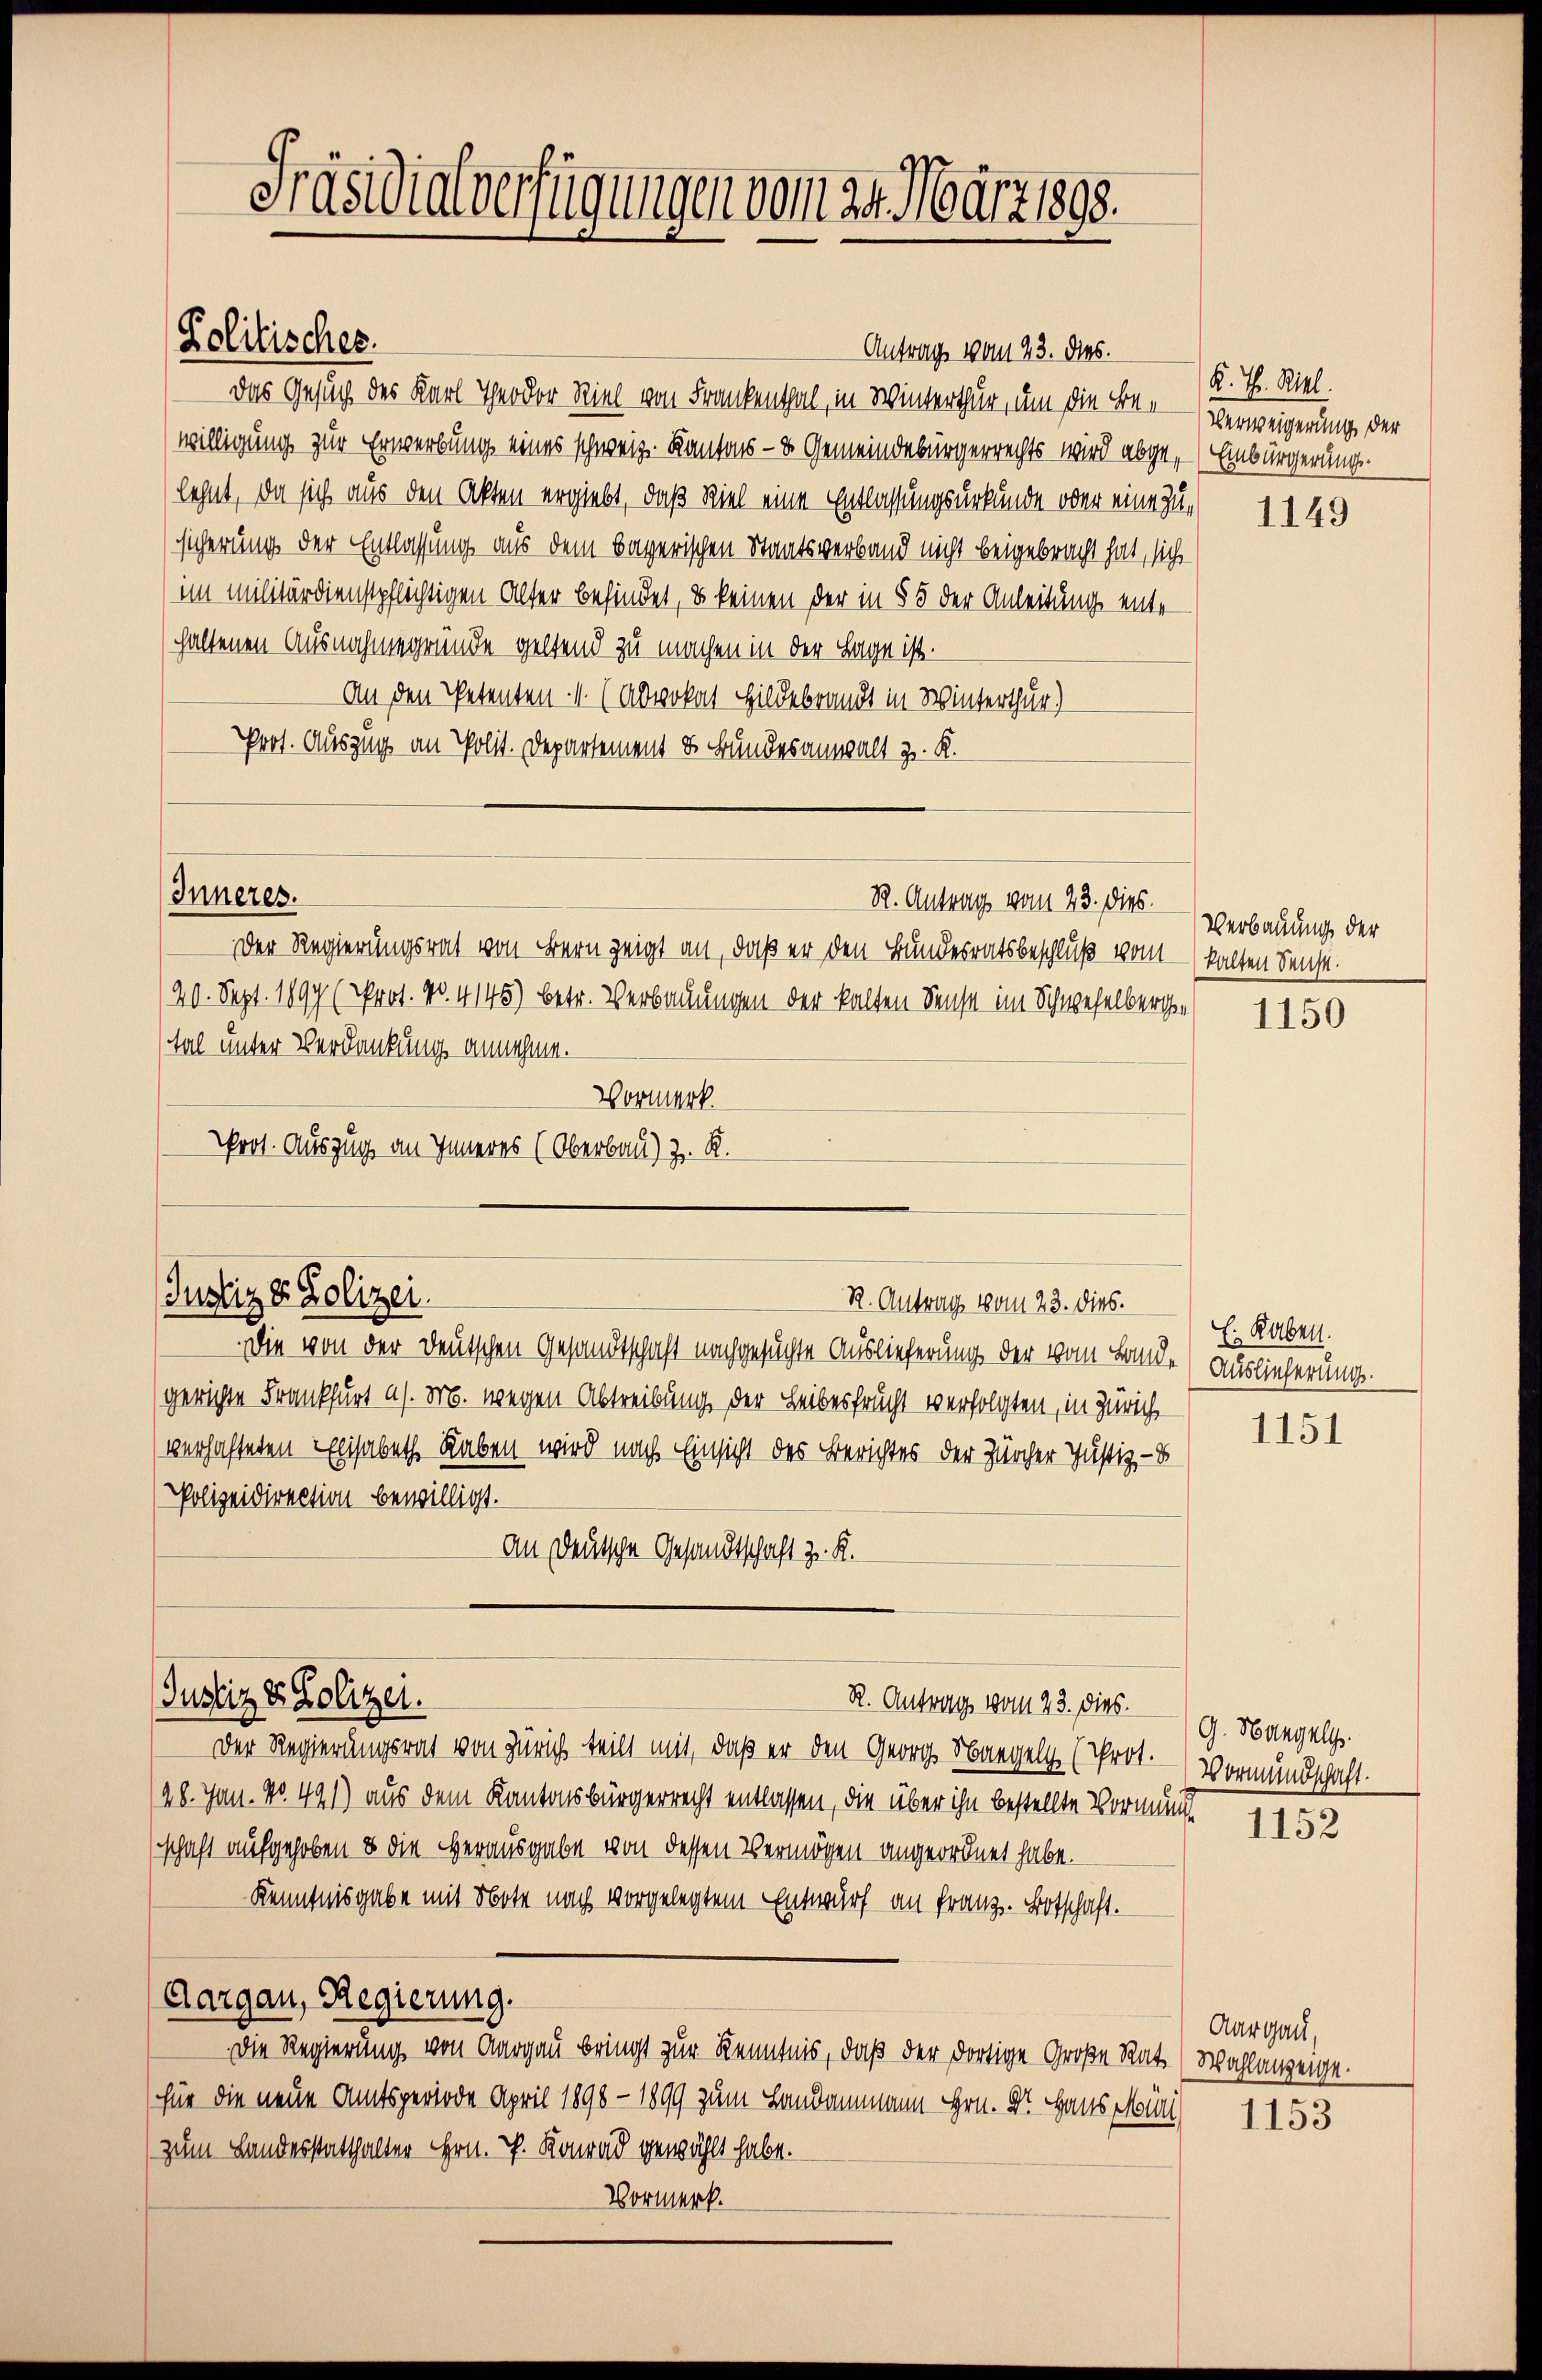
Antrag vom 23. dies.
Das Gesuch des Karl Theodor viel von Frankenthal, in Winterthur, um die Bewilligung zur Erwerbung eines schweiz. Kantons- & Gemeindebürgerrechts wird abge-Einbürgerung
lehnt, da sich aus den Akten ergiebt, daß viel eine Entlassungsurkunde oder eine Zusicherung der Entlassung aus dem bayerischen Staatsverband nicht beigebracht hat, sich
im militärdienstpflichtigen Alter befindet, u keinen der in § 5 der Anleitung ente
haltenen Ausnahmegründe geltend zu machen in der Lage ist.
An den Petenten-V. (Abwokat Hildebrandt in Winterthur)
Prot. Auszug an Polit. Departement & Bundesanwalt z. K.
Inneres.
R. Antrag vom 23. dies.
Der Regierungsrat von Bern zeigt an, daß er den Bundesratsbeschluß vom
/20. Sept. 1899 (Prot. No. 4145) betr. Verbauungen der kalten Sense im Schwefelberge
tal unter Verdankung annehme.
Vormerk.
Prot. Auszug an Inneres (Oberbau) z. R.

Präsidialverfügungen vom 21. März 1898.

Politisches.

Justiz & Polizei.
R. Antrag vom 23. dies.

Justiz & Polizei.
R. Antrag vom 23. Dez. 9. Mangel

Die von der Deutschen Gesandtschaft nachgesuchte Auslieferung der vom Lande (Auslieferungs-
gerichte Frankfurt a/. M. wegen Abtreibung der Leibesfrucht verfolgten, in Zürich
verhafteten Elisabeth Raben wird nach Einsicht des Berichtes der Zürcher Justiz, - d
Polizeidirection bewilligt.
An Deutsche Gesandtschaft z. K.

Der Regierungsrat von Zürich teilt mit, daß er den Georg Nagel (Prot. (Vormundschaft
(28. Jan. No. 491) aus dem Kantonsbürgerrecht entlassen, die über ihn bestellte Vormund 1152
schaft aufgehoben & die Herausgabe von dessen Vermögen angeordnet habe.
Kenntnisgabe mit Note nach vorgelegtem Entwurf an Franz. Botschaft.
Aargau, Regierung.
Die Regierung von Aargau bringt zur Kenntnis, daß der dortige Große Rat (Wahlanzeige-
für die neue Amtsperiode April 1898 - 1899 zum Landammann Hrn. Dr. Haus Mini
zum Landesstatthalter Hrn. P. Konrad gewählt habe.
Vormerk.

K. Th. Ritt.
Verweigerung der

1149

Verbauung der
kalten denst.

1150

E. Raben.

1151

Aargau,
1153